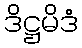
ဒိဋ္ဌမိဒံ